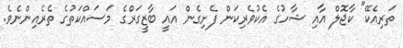
ތަރިއެކޭ" ކާޖޮލް އާއި ޝާހުގެ އެކުވެރިކަން ފެށިގެން އައީ ބާޒީގަރްގެ މަސައްކަތުގެ ތެރެއިންނެވެ.